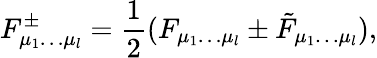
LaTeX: F_{\mu_{1}\ldots\mu_{l}}^{\pm}={\frac{1}{2}}(F_{\mu_{1}\ldots\mu_{l}}\pm\tilde{F}_{\mu_{1}\ldots\mu_{l}}),